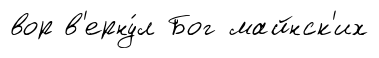
вор в'ерну́л Бог майнск'их